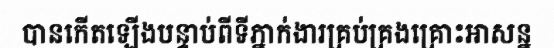
បានកើតឡើងបន្ទាប់ពីទីភ្នាក់ងារគ្រប់គ្រងគ្រោះអាសន្ន